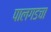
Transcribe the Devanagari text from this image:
पालगडचा